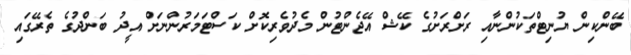
ބޭންކިން ޔުނިޓްތަކުންނާއި ރަށްރަށުގެ ކޭޝް އޭޖެންޓުން މެދުވެރިކޮށް ކަސްޓަމަރުންނަށް އީދު ބަންދުގެ ތެރޭގައި